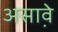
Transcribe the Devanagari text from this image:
असाव़े